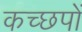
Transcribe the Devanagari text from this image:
कच्छपों